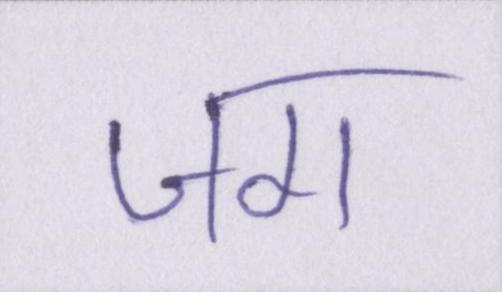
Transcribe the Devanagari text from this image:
जग